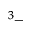
^ { 3 } -